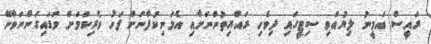
ރައީސް އަމީނު ލިޔުއްވި ސިޓީގައި ދިވެހި ރައްޔިތުންނަށާއި އެމަނިކުފާނަށް ފަހު ވެރިކަމަށް ވަޑައިގަންނަވާނޭ